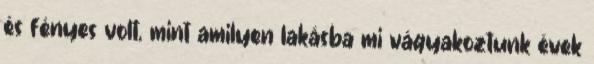
és fényes volt, mint amilyen lakásba mi vágyakoztunk évek